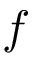
f